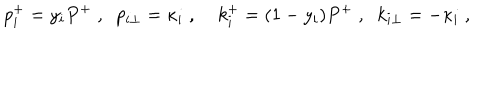
p _ { i } ^ { + } = y _ { i } P ^ { + } \; , \; \; p _ { i \perp } = \kappa _ { i } \; , \; k _ { i } ^ { + } = ( 1 - y _ { i } ) P ^ { + } \; , \; \; k _ { i \perp } = - \kappa _ { i } \; ,